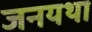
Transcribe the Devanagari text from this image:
जनयथा